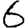
Digit: 6